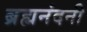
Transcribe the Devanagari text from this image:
ब्रह्मनंदनी